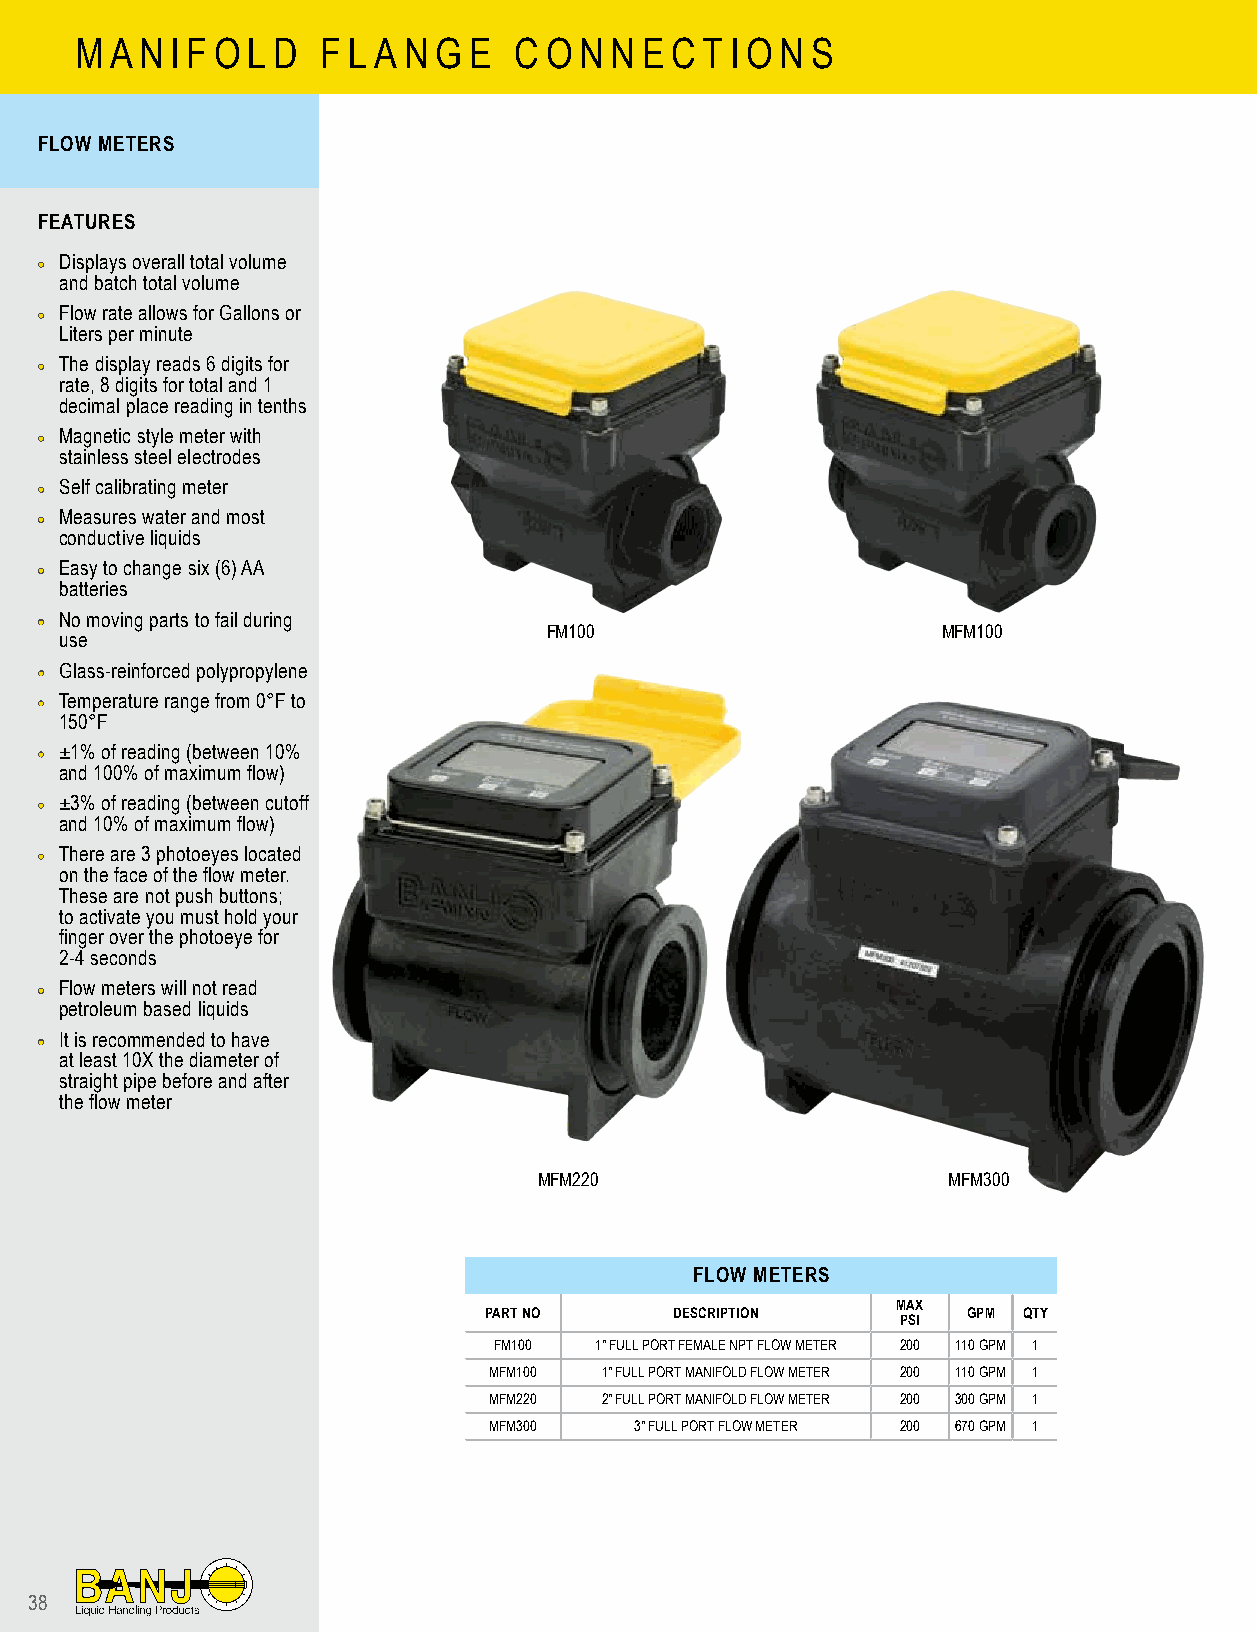
M A N I F O L D F L A N G E  C O N N E C T I O N S
 FLOW METERS
 FEATURES
 •• Displays overall total volume
 and batch total volume
 •• Flow rate allows for Gallons or
 Liters per minute
 •• The display reads 6 digits for
 rate, 8 digits for total and 1
 decimal place reading in tenths
 •• Magnetic style meter with
 stainless steel electrodes
 •• Self calibrating meter
 •• Measures water and most
 conductive liquids
 •• Easy to change six (6) AA
 batteries
 •• No moving parts to fail during
 FM100                     MFM100
 use
 •• Glass-reinforced polypropylene
 •• Temperature range from 0°F to
 150°F
 •• ±1% of reading (between 10%
 and 100% of maximum flow)
 •• ±3% of reading (between cutoff
 and 10% of maximum flow)
 •• There are 3 photoeyes located
 on the face of the flow meter.
 These are not push buttons;
 to activate you must hold your
 finger over the photoeye for
 2-4 seconds
 •• Flow meters will not read
 petroleum based liquids
 •• It is recommended to have
 at least 10X the diameter of
 straight pipe before and after
 the flow meter
 MFM220                     MFM300
 FLOW METERS
 MAX
 PART NO      DESCRIPTION        GPM QTY
 PSI
 FM100 1" FULL PORT FEMALE NPT FLOW METER 200 110 GPM 1
 MFM100  1" FULL PORT MANIFOLD FLOW METER 200 110 GPM 1
 MFM220  2" FULL PORT MANIFOLD FLOW METER 200 300 GPM 1
 MFM300    3" FULL PORT FLOW METER 200 670 GPM 1
 38